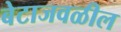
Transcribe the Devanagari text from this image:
बेटाजवळील